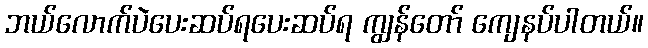
ဘယ်လောက်ပဲပေးဆပ်ရပေးဆပ်ရ ကျွန်တော် ကျေနပ်ပါတယ်။